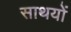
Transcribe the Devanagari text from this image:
साथयों